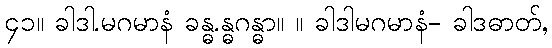
၄၁။ ခါဒါ.မဂမာနံ ခန္ဓ.န္ဓဂန္ဓာ။ ။ ခါဒါမဂမာနံ- ခါဒဓာတ်,